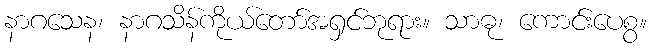
နာဂသေန၊ နာဂသိန်ကိုယ်တော်အရှင်ဘုရား။ သာဓု၊ ကောင်းပေစွ။